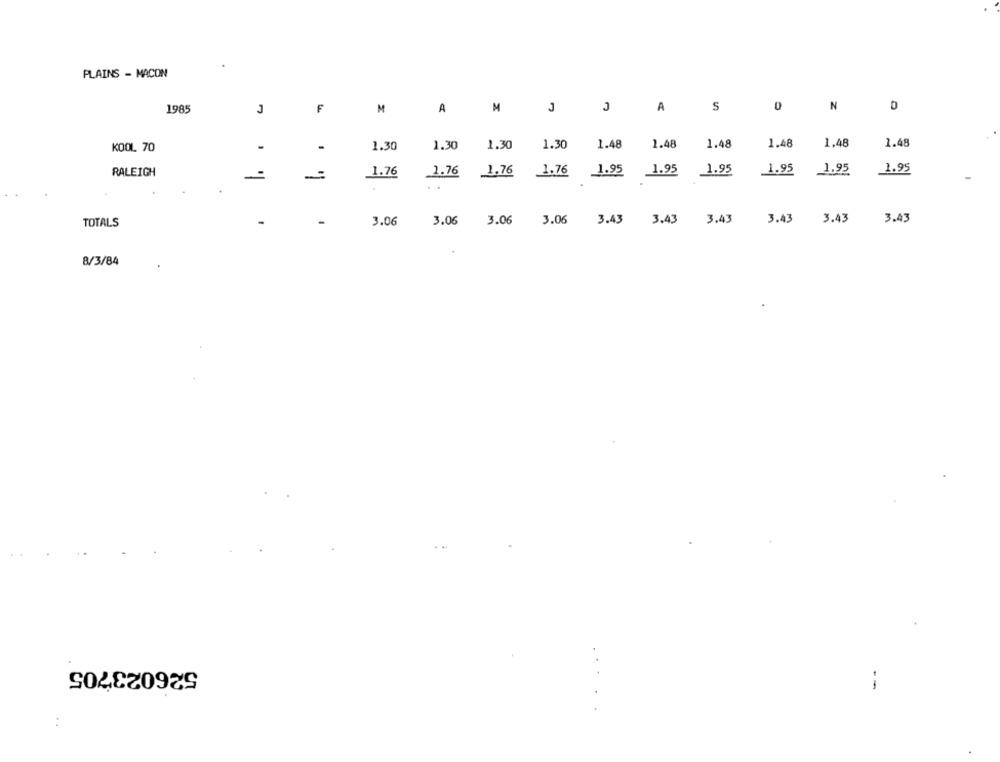
PLAINS - MACON
J
0
N
1985
F
M
A
M
J
A
S
1.30
1.30
1.30
1.30
1.48
1.48
1.48
1.48
1.48
1.48
KOOL 70
-
RALEIGH
1.76
1.76
1,76
1.76
1.95
1.95
1.95
1.95
1.95
1.95
3.06
3.06
3.06
3.06
3.43
3.43
3.43
3.43 3.43
3.43
TOTALS
8/3/84
526023705